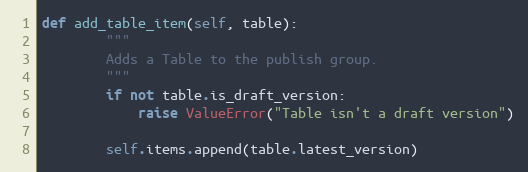
Language: Python
def add_table_item(self, table):
        """
        Adds a Table to the publish group.
        """
        if not table.is_draft_version:
            raise ValueError("Table isn't a draft version")

        self.items.append(table.latest_version)